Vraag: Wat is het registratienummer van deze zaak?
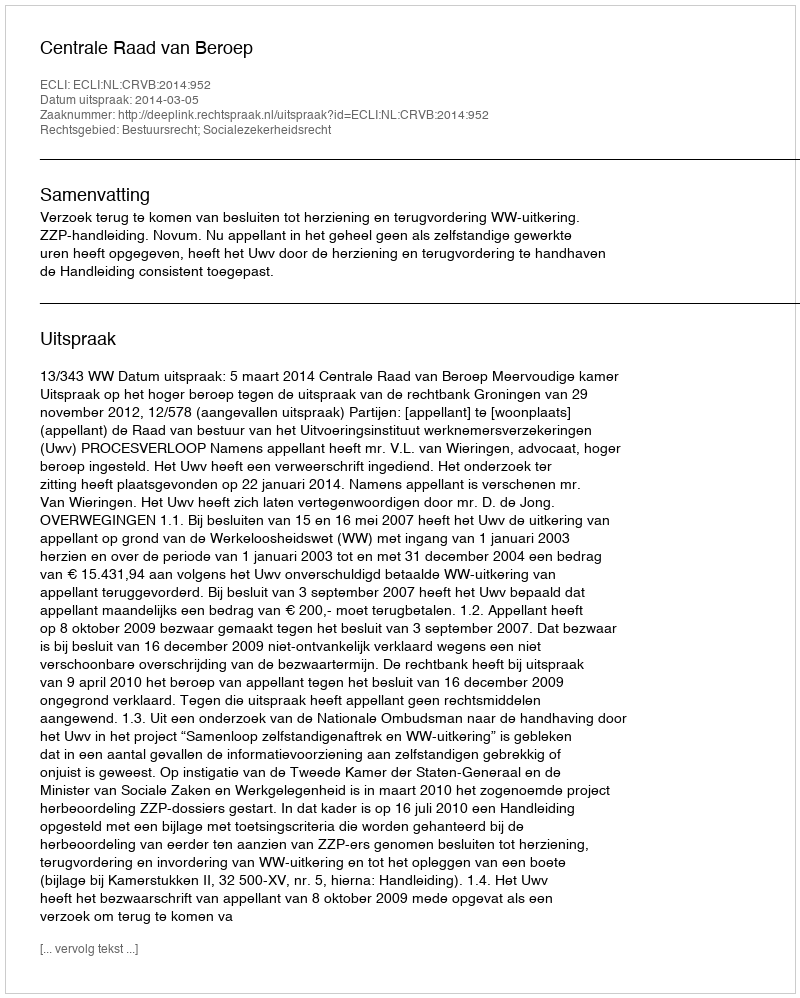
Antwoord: http://deeplink.rechtspraak.nl/uitspraak?id=ECLI:NL:CRVB:2014:952